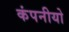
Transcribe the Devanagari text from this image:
कंपनीयो